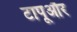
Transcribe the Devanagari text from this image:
टापूऔर